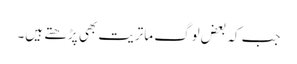
جب کہ بعض لوگ ماتریت بھی پڑھتے ہیں۔